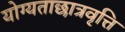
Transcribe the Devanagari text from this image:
योग्यताछात्रवृत्ति